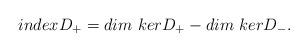
LaTeX: \begin{align*}index D_{+} = dim {\ } ker D_{+} - dim {\ } ker D_{-}.\end{align*}